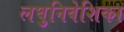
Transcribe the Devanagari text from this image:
लघुनिवेशिका